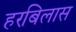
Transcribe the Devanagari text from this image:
हरबिलास